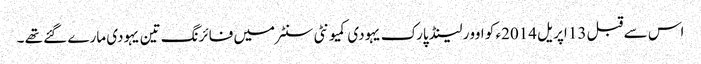
اس سے قبل 13 اپریل 2014ء کو اوور لینڈ پارک یہودی کمیونٹی سنٹر میں فائرنگ تین یہودی مارے گئے تھے ۔